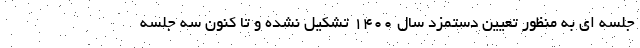
جلسه ای به منظور تعیین دستمزد سال 1400 تشکیل نشده و تا کنون سه جلسه